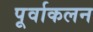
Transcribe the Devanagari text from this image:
पूर्वाकलन